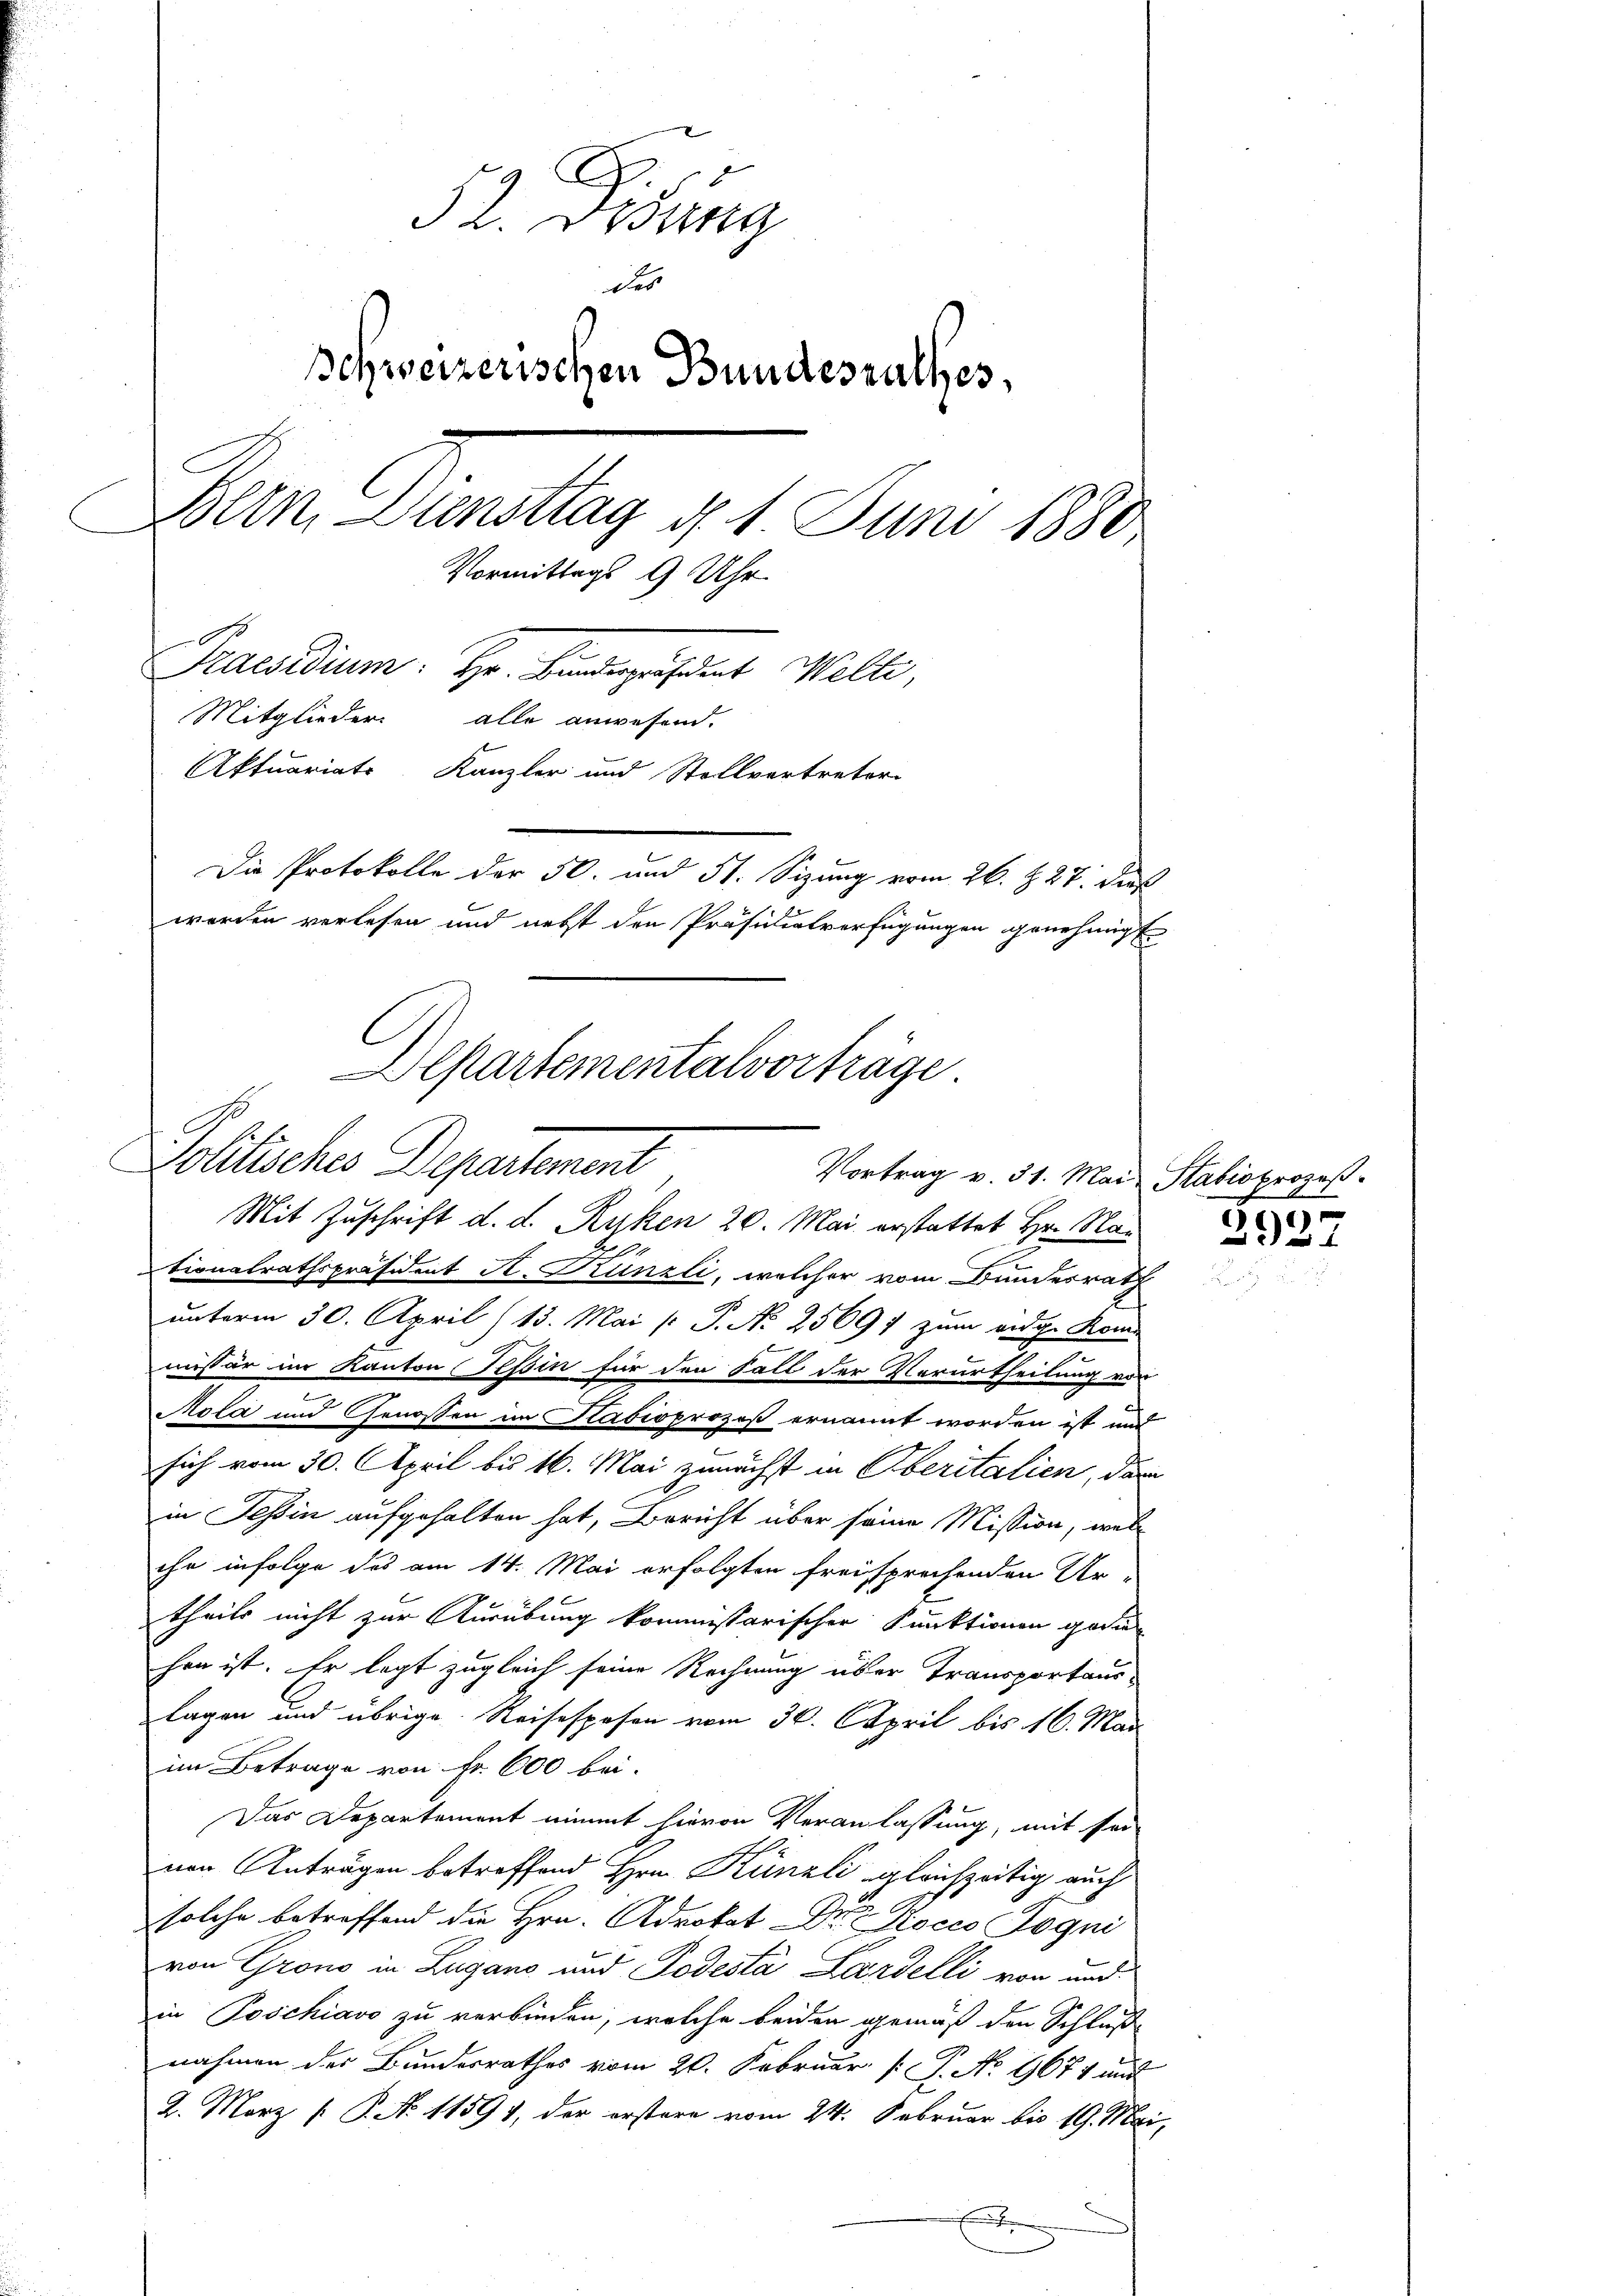
52. Ordung
des
Schweizerischen Bundesrathes,
Bern, Diensttag d. 1. Juni 1880
Vormittags 9 Uhr.
Praesidium: Hr. Bunderpräsident Welti,
Mitglieder.
alle anwesend.
Aktuariats-Kanzler und Stellvertreter
Die Protokolle der 50. und 51. Sizung vom 26. & 27. dieß
worden verlesen und nebst den Präsidialverfügungen genehmigt
Departementalvorträge.

Politisches Departement
Vortrag v. 31. Mai Stabioprozeß

Mit Zuschrift d. d. Ruken 20. Mai erstattet Hr. Na
9
tionalrathspräsident H. Künzli, welcher vom Bundesrath
unterm 30. April (13. Mai [ P. No 25697 zum eidg. Kom
missär im Kanton Tessin für den Fall der Verurtheilung von
Mola und Genossen im Habioprozeß ernannt worden ist und
sich vom 30. April bis 16. Mai zunächst in Oberitalien, da
in Tessin aufgehalten hat, Bericht über seine Mission, welc
ihr infolge des am 14. Mai erfolgten freisprechenden Ur-
theils nicht zur Ausübung kommissarischen Funktionen gedin
hen ist. Er legt zugleich seine Rechnung über Transportauslagen und übrige Reisespesen vom 30. April bis 16. Mai
im Betrage von Fr. 600 bei.
Das Departement nimmt hievon Veranlassung, mit sei
nen Anträgen betreffend Hrn. Künzli gleichzeitig auch
solche betreffend die Hrn. Advokat Dr. Kocco Pogni
von Grono in Zugano und Todestà Lardelli von und
in Poschiavo zu verbinden, welche beiden gemäß den Schluße
nahmen der Bundesrathes vom 20. Februar [ P. No 9677 und
2. März [ P. No 11594, der erstere vom 24. Februar bis 19. Mai,
x

2927